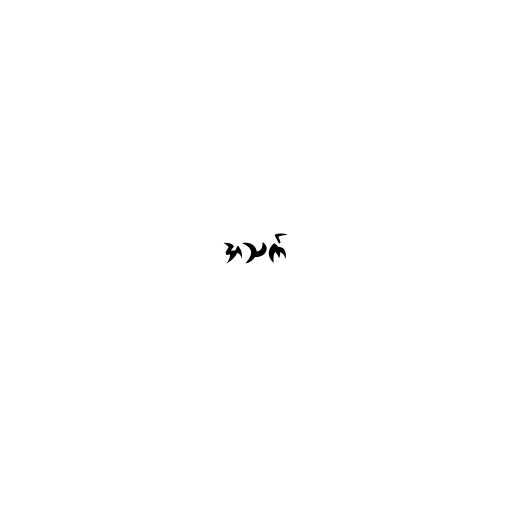
အသက်